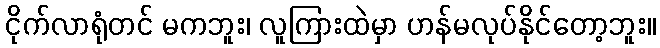
ငိုက်လာရုံတင် မကဘူး၊ လူကြားထဲမှာ ဟန်မလုပ်နိုင်တော့ဘူး။